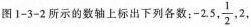
图1-3-2所示的数轴上标出下列各数：- 2，5，\frac{1}-{2}，2 ，